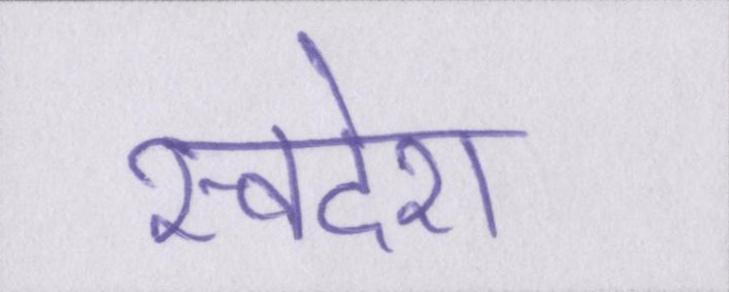
स्वदेश